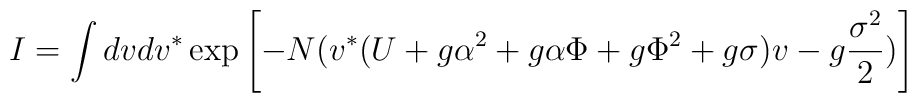
I=\int dv dv^{\ast}  \exp\left[-N (v^{\ast} (U+g \alpha^2+g \alpha  \Phi+g \Phi^2+g \sigma)v-g {\sigma^2 \over 2})\right]